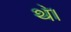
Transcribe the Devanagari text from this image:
थ॓।